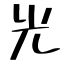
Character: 光